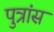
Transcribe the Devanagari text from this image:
पुत्रांस